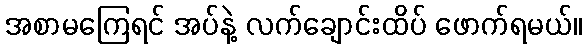
အစာမကြေရင် အပ်နဲ့ လက်ချောင်းထိပ် ဖောက်ရမယ်။